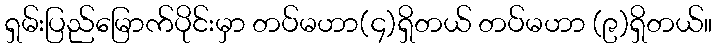
ရှမ်းပြည်မြောက်ပိုင်းမှာ တပ်မဟာ(၄)ရှိတယ် တပ်မဟာ (၉)ရှိတယ်။